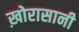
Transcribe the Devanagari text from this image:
ख़ोरासानी